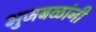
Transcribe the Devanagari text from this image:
भुजबळांनी